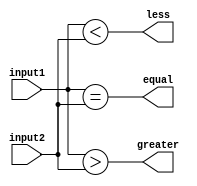
module comparator(
    input [63:0] input1,
    input [63:0] input2,
    output equal,
    output greater,
    output less
);

// Comparing inputs using combinational logic
assign equal = (input1 == input2);
assign greater = (input1 > input2);
assign less = (input1 < input2);

endmodule